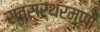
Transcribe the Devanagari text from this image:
स्वरार्थरमणी